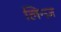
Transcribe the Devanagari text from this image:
लिन्ज़